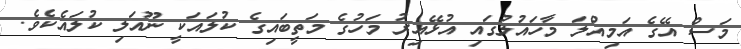
މަސް އޭގެ އަމިއްލަ މާހައުލުގައި އުޅޭއިރު މަހުގެ މަތީބައިގެ ކުލައަކީ ނޫއަލި ކުލައެކެވެ.